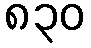
၈၃၀